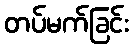
တပ်မက်ခြင်း